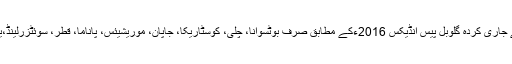
انسٹیٹیوٹ فار اکنامکس اینڈ پیس کی جانب سے جاری کردہ گلوبل پیس انڈیکس 2016ءکے مطابق صرف بوٹسوانا، چلی، کوسٹاریکا، جاپان، موریشیئس، پاناما، قطر، سوئٹزرلینڈ،یوروگوئے اور ویت نام تنازعات سے پاک ہیں۔